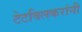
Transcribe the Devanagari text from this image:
टेटविलकरांनी